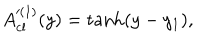
A _ { \mathrm { c l } } ^ { ( 1 ) } ( y ) = \tanh ( y - y _ { 1 } ) ,